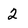
Character: 2